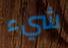
شيء